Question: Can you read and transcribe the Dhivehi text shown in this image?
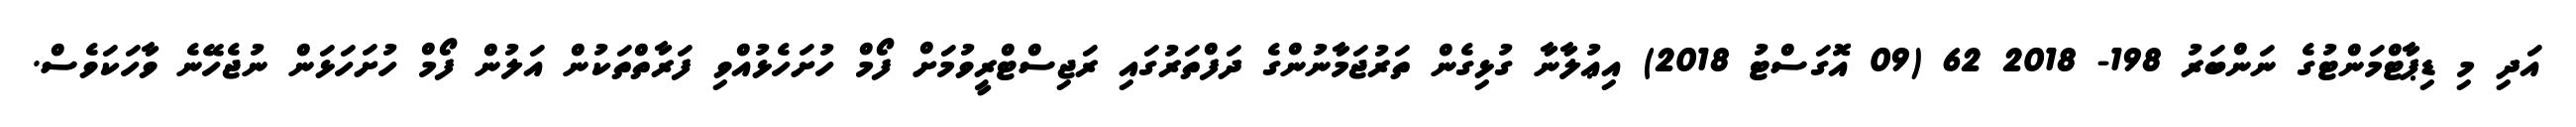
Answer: އަދި މި ޑިޕާޓްމަންޓުގެ ނަންބަރު 198- 2018 62 (09 އޮގަސްޓު 2018) އިޢުލާނާ ގުޅިގެން ތަރުޖަމާނުންގެ ދަފްތަރުގައި ރަޖިސްޓްރީވުމަށް ފޯމް ހުށަހެޅުއްވި ފަރާތްތަކުން އަލުން ފޯމް ހުށަހަޅަން ނުޖެހޭނެ ވާހަކަވެސް.